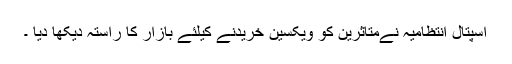
اسپتال انتظامیہ نےمتاثرین کو ویکسین خریدنے کیلئے بازار کا راستہ دیکھا دیا ۔